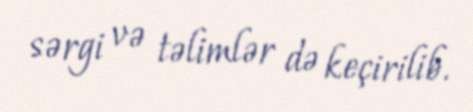
sərgi və təlimlər də keçirilib.